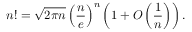
n ! = { \sqrt { 2 \pi n } } \left( { \frac { n } { e } } \right) ^ { n } \left( 1 + O \left( { \frac { 1 } { n } } \right) \right) .